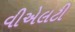
વીએલટી